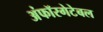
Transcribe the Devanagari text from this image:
अंफॉरगेटेबल